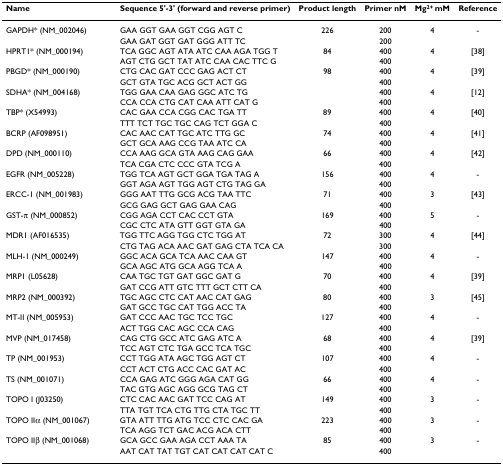
<table><thead><tr><td><b>Name</b></td><td><b>Sequence 5'-3' (forward and reverse primer)</b></td><td><b>Product length</b></td><td><b>Primer nM</b></td><td><b>Mg<sup>2+ </sup>mM</b></td><td><b>Reference</b></td></tr></thead><tbody><tr><td>GAPDH* (NM_002046)</td><td>GAA GGT GAA GGT CGG AGT C</td><td>226</td><td>200</td><td>4</td><td>-</td></tr><tr><td>[EMPTY_CELL]</td><td>GAA GAT GGT GAT GGG ATT TC</td><td>[EMPTY_CELL]</td><td>200</td><td>[EMPTY_CELL]</td><td>[EMPTY_CELL]</td></tr><tr><td>HPRT1* (NM_000194)</td><td>TCA GGC AGT ATA ATC CAA AGA TGG T</td><td>84</td><td>400</td><td>4</td><td>[38]</td></tr><tr><td>[EMPTY_CELL]</td><td>AGT CTG GCT TAT ATC CAA CAC TTC G</td><td>[EMPTY_CELL]</td><td>400</td><td>[EMPTY_CELL]</td><td>[EMPTY_CELL]</td></tr><tr><td>PBGD* (NM_000190)</td><td>CTG CAC GAT CCC GAG ACT CT</td><td>98</td><td>400</td><td>4</td><td>[39]</td></tr><tr><td>[EMPTY_CELL]</td><td>GCT GTA TGC ACG GCT ACT GG</td><td>[EMPTY_CELL]</td><td>400</td><td>[EMPTY_CELL]</td><td>[EMPTY_CELL]</td></tr><tr><td>SDHA* (NM_004168)</td><td>TGG GAA CAA GAG GGC ATC TG</td><td>[EMPTY_CELL]</td><td>400</td><td>4</td><td>[12]</td></tr><tr><td>[EMPTY_CELL]</td><td>CCA CCA CTG CAT CAA ATT CAT G</td><td>[EMPTY_CELL]</td><td>400</td><td>[EMPTY_CELL]</td><td>[EMPTY_CELL]</td></tr><tr><td>TBP* (X54993)</td><td>CAC GAA CCA CGG CAC TGA TT</td><td>89</td><td>400</td><td>4</td><td>[40]</td></tr><tr><td>[EMPTY_CELL]</td><td>TTT TCT TGC TGC CAG TCT GGA C</td><td>[EMPTY_CELL]</td><td>400</td><td>[EMPTY_CELL]</td><td>[EMPTY_CELL]</td></tr><tr><td>BCRP (AF098951)</td><td>CAC AAC CAT TGC ATC TTG GC</td><td>74</td><td>400</td><td>4</td><td>[41]</td></tr><tr><td>[EMPTY_CELL]</td><td>GCT GCA AAG CCG TAA ATC CA</td><td>[EMPTY_CELL]</td><td>400</td><td>[EMPTY_CELL]</td><td>[EMPTY_CELL]</td></tr><tr><td>DPD (NM_000110)</td><td>CCA AAG GCA GTA AAG CAG GAA</td><td>66</td><td>400</td><td>4</td><td>[42]</td></tr><tr><td>[EMPTY_CELL]</td><td>TCA CGA CTC CCC GTA TCG A</td><td>[EMPTY_CELL]</td><td>400</td><td>[EMPTY_CELL]</td><td>[EMPTY_CELL]</td></tr><tr><td>EGFR (NM_005228)</td><td>TGG TCA AGT GCT GGA TGA TAG A</td><td>156</td><td>400</td><td>4</td><td>-</td></tr><tr><td>[EMPTY_CELL]</td><td>GGT AGA AGT TGG AGT CTG TAG GA</td><td>[EMPTY_CELL]</td><td>400</td><td>[EMPTY_CELL]</td><td>[EMPTY_CELL]</td></tr><tr><td>ERCC-1 (NM_001983)</td><td>GGG AAT TTG GCG ACG TAA TTC</td><td>71</td><td>400</td><td>3</td><td>[43]</td></tr><tr><td>[EMPTY_CELL]</td><td>GCG GAG GCT GAG GAA CAG</td><td>[EMPTY_CELL]</td><td>400</td><td>[EMPTY_CELL]</td><td>[EMPTY_CELL]</td></tr><tr><td>GST-π (NM_000852)</td><td>CGG AGA CCT CAC CCT GTA</td><td>169</td><td>400</td><td>5</td><td>-</td></tr><tr><td>[EMPTY_CELL]</td><td>CGC CTC ATA GTT GGT GTA GA</td><td>[EMPTY_CELL]</td><td>400</td><td>[EMPTY_CELL]</td><td>[EMPTY_CELL]</td></tr><tr><td>MDR1 (AF016535)</td><td>TGG TTC AGG TGG CTC TGG AT</td><td>72</td><td>300</td><td>4</td><td>[44]</td></tr><tr><td>[EMPTY_CELL]</td><td>CTG TAG ACA AAC GAT GAG CTA TCA CA</td><td>[EMPTY_CELL]</td><td>300</td><td>[EMPTY_CELL]</td><td>[EMPTY_CELL]</td></tr><tr><td>MLH-1 (NM_000249)</td><td>GGC ACA GCA TCA AAC CAA GT</td><td>147</td><td>400</td><td>4</td><td>-</td></tr><tr><td>[EMPTY_CELL]</td><td>GCA AGC ATG GCA AGG TCA A</td><td>[EMPTY_CELL]</td><td>400</td><td>[EMPTY_CELL]</td><td>[EMPTY_CELL]</td></tr><tr><td>MRP1 (L05628)</td><td>CAA TGC TGT GAT GGC GAT G</td><td>70</td><td>400</td><td>4</td><td>[39]</td></tr><tr><td>[EMPTY_CELL]</td><td>GAT CCG ATT GTC TTT GCT CTT CA</td><td>[EMPTY_CELL]</td><td>400</td><td>[EMPTY_CELL]</td><td>[EMPTY_CELL]</td></tr><tr><td>MRP2 (NM_000392)</td><td>TGC AGC CTC CAT AAC CAT GAG</td><td>80</td><td>400</td><td>3</td><td>[45]</td></tr><tr><td>[EMPTY_CELL]</td><td>GAT GCC TGC CAT TGG ACC TA</td><td>[EMPTY_CELL]</td><td>400</td><td>[EMPTY_CELL]</td><td>[EMPTY_CELL]</td></tr><tr><td>MT-II (NM_005953)</td><td>GAT CCC AAC TGC TCC TGC</td><td>127</td><td>400</td><td>4</td><td>-</td></tr><tr><td>[EMPTY_CELL]</td><td>ACT TGG CAC AGC CCA CAG</td><td>[EMPTY_CELL]</td><td>400</td><td>[EMPTY_CELL]</td><td>[EMPTY_CELL]</td></tr><tr><td>MVP (NM_017458)</td><td>CAG CTG GCC ATC GAG ATC A</td><td>68</td><td>400</td><td>4</td><td>[39]</td></tr><tr><td>[EMPTY_CELL]</td><td>TCC AGT CTC TGA GCC TCA TGC</td><td>[EMPTY_CELL]</td><td>400</td><td>[EMPTY_CELL]</td><td>[EMPTY_CELL]</td></tr><tr><td>TP (NM_001953)</td><td>CCT TGG ATA AGC TGG AGT CT</td><td>107</td><td>400</td><td>4</td><td>-</td></tr><tr><td>[EMPTY_CELL]</td><td>CCT ACT CTG ACC CAC GAT AC</td><td>[EMPTY_CELL]</td><td>400</td><td>[EMPTY_CELL]</td><td>[EMPTY_CELL]</td></tr><tr><td>TS (NM_001071)</td><td>CCA GAG ATC GGG AGA CAT GG</td><td>66</td><td>400</td><td>4</td><td>-</td></tr><tr><td>[EMPTY_CELL]</td><td>TAC GTG AGC AGG GCG TAG CT</td><td>[EMPTY_CELL]</td><td>400</td><td>[EMPTY_CELL]</td><td>[EMPTY_CELL]</td></tr><tr><td>TOPO I (J03250)</td><td>CTC CAC AAC GAT TCC CAG AT</td><td>149</td><td>400</td><td>3</td><td>-</td></tr><tr><td>[EMPTY_CELL]</td><td>TTA TGT TCA CTG TTG CTA TGC TT</td><td>[EMPTY_CELL]</td><td>400</td><td>[EMPTY_CELL]</td><td>[EMPTY_CELL]</td></tr><tr><td>TOPO IIα (NM_001067)</td><td>GTA ATT TTG ATG TCC CTC CAC GA</td><td>223</td><td>400</td><td>3</td><td>-</td></tr><tr><td>[EMPTY_CELL]</td><td>TCA AGG TCT GAC ACG ACA CTT</td><td>[EMPTY_CELL]</td><td>400</td><td>[EMPTY_CELL]</td><td>[EMPTY_CELL]</td></tr><tr><td>TOPO IIβ (NM_001068)</td><td>GCA GCC GAA AGA CCT AAA TA</td><td>85</td><td>400</td><td>3</td><td>-</td></tr><tr><td>[EMPTY_CELL]</td><td>AAT CAT TAT TGT CAT CAT CAT CAT C</td><td>[EMPTY_CELL]</td><td>400</td><td>[EMPTY_CELL]</td><td>[EMPTY_CELL]</td></tr></tbody></table>